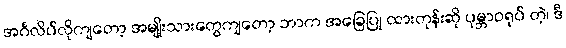
အင်္ဂလိပ်လိုကျတော့ အမျိုးသားတွေကျတော့ ဘာက အခြေပြု ထားတုန်းဆို ပုမ္ဘာဝရုပ် တဲ့၊ ဒီ